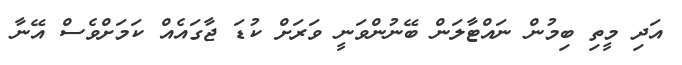
އަދި މީތި ބިމުން ނައްޓާލަން ބޭނުންވަނީ ވަރަށް ކުޑަ ޖާގައެއް ކަމަށްވެސް އޭނާ